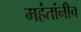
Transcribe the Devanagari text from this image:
महंतांनीच